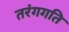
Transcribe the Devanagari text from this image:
तरंगगति